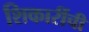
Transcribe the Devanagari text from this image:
शिकारींची